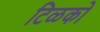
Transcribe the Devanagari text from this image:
टिळको